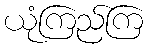
ယုံကြည်ကြ